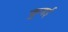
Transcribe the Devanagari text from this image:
कुबई